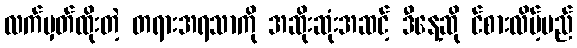
လက်မှတ်ထိုးတဲ့ တရားအရသာကို အဆိုးဆုံးအဆင့် ဒီနေ့ဆို င်စားလိမ့်မည်